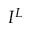
I ^ { L }